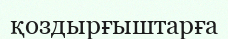
қоздырғыштарға